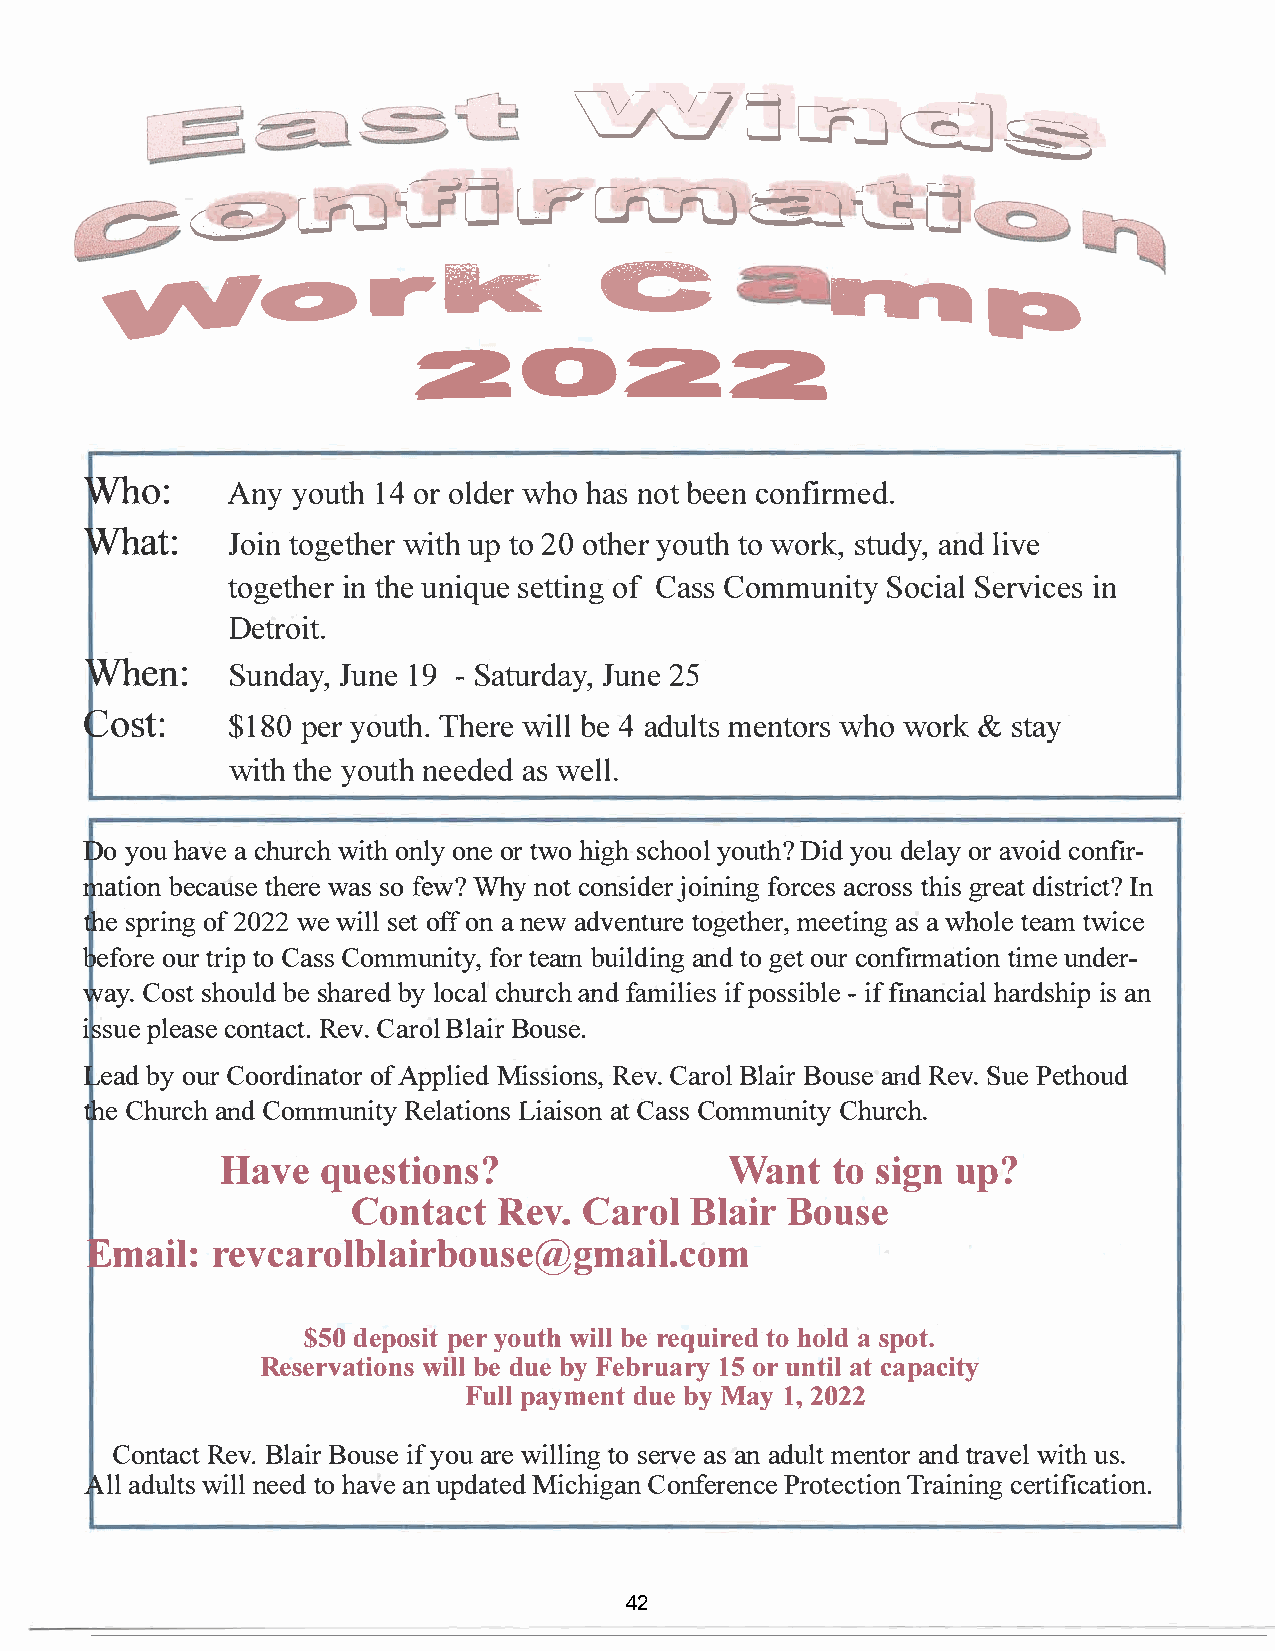
�ULF-=i@J�
 -(§)a--or.G'U              CF'Cn:FuG:iQU
 ma:a
 �e>rk                            C:
 2022
 Who:      Anyy  ou1t4oh ro ldwehrho a nso bte ecno nfirmed.
 What:J      otiong   ewtihtuehptr 2o 0 o thyeorut towh o rskt,u adnyld,i ve
 togeitnth   hueenr i queo   fsC eatsCtsoi mnmgu nSiotcSyie arlv iinc es
 Detroit.
 When:S      undJauyn1,e9- SatuJrudna2ey5   ,
 Cost$:1       8p0ey ro uTthhe.wr iebl e4la dumletnst wohrwoso r&k s tay
 witthhy  eo untehe daeswd e ll.
 Doy  ohua vace h uwricothnh ol nye t wohiorg shc hyoooulDt ihyd?o due loaravy o icdo nfir­
 matbieocna  tuhsewera seso fe w?Wh y nocto nsjiodienforir ncagec sr tohsgisrs ed aits tIrni ct?
 thsep  roif2n 0g2w 2ew islelot ffo nan eawd venttougremete heetaris,anw gh otleeat mw ice
 befooruetr r tioCp a sCso mmunfoirtt eyab,mu iladnitdngo g eo tuc ro nfirmtaitumineod ne r­
 wayC.o  sshto buesl hda bryle odc cahluran cdhf amiilpfio esss- iififbn laen hcairadlis ashn i p
 isspuleec aosnetR aecvt.. CaBroouls eB.l air
 Leabdyo  uCro ordoiAfnp aptloMirie sds RieoCvna.s r,Bo llaB iorua sneRd e vS.uP ee thoud
 thCeh  uracnChdo mmuRneiltayLt iiaoinasCstoa nsC so mmuCnhiut.ry c h
 Havqeu       estions?             Wanttos      iugpn?
 ContRaecvCt.a        rBolla  Bioru   se
 Emairle:v       carolblairbouse@gmail.com
 $5d0e  popseyirot u wtihbl elr equtiorb eodlasd p ot.
 Reservwaitblieldo unbesy F ebru1a5or ruy n taitcl a pacity
 Fuplaly  mdeunbety M ay1 2,0 22
 ContRaecBvtl. a Biorui syfeo aur wei ltlosi enrgav sae na dumletn atnotdrr awvieutlsh .
 Alald uwlitnlsel et dho a vaenu pdaMtiecdh Ciognafne PrreontceTecr taiiconenir ntgi fication.
 42